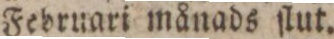
Februari månads ſlut.